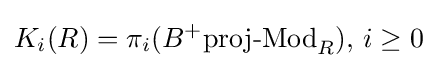
K_{i}(R)=\pi _{i}(B^{+}{\text{proj-Mod}}_{R}),\,i\geq 0